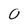
Character: 0